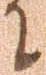
に